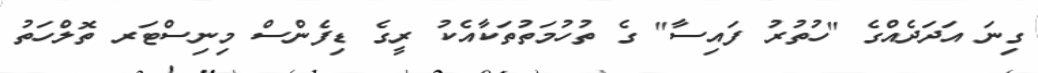
ގިނަ އަދަދެއްގެ "ހުތުރު ފައިސާ" ގެ ތުހުމަތުތަކާއެކު ރީގެ ޑިފެންސް މިނިސްޓަރ ތޮލްހަތު